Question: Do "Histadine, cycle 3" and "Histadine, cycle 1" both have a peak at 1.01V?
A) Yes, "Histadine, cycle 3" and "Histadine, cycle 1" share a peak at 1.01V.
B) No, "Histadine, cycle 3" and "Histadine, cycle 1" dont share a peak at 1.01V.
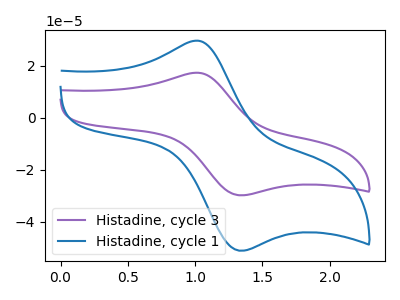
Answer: <think>The purple curve "Histadine, cycle 3" has an anodic peak at (1.00V, 17.25uA) and a cathodic peak at (1.35V, -29.85uA). The blue curve "Histadine, cycle 1" has an anodic peak at (1.00V, 29.60uA) and a cathodic peak at (1.35V, -51.15uA).</think>
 <answer>A) Yes, "Histadine, cycle 3" and "Histadine, cycle 1" share a peak at 1.01V.</answer>
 <eval>A</eval>